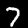
Label: 7